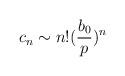
LaTeX: \begin{align*} c_n \sim n!(\frac{b_0}{p})^{n}\end{align*}